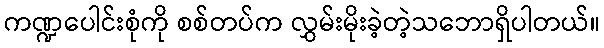
ကဏ္ဍပေါင်းစုံကို စစ်တပ်က လွှမ်းမိုးခဲ့တဲ့သဘောရှိပါတယ်။